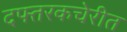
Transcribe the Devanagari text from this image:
दफ्तरकचेरीत